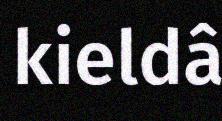
kieldâ